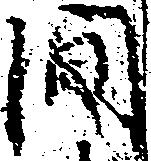
間